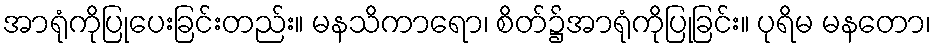
အာရုံကိုပြုပေးခြင်းတည်း။ မနသိကာရော၊ စိတ်၌အာရုံကိုပြုခြင်း။ ပုရိမ မနတော၊